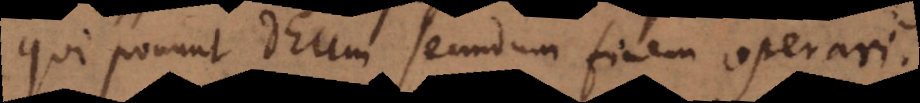
qui ponunt Deum secundum finem operari